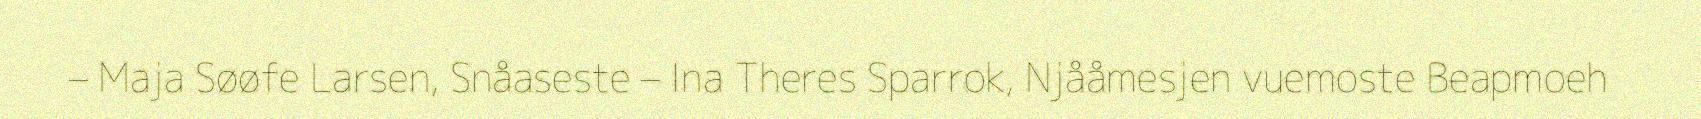
– Maja Søøfe Larsen, Snåaseste – Ina Theres Sparrok, Njååmesjen vuemoste Beapmoeh